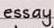
essay